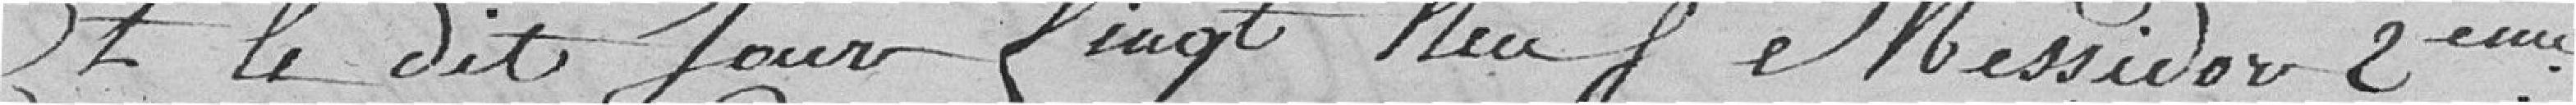
Et le dit jour vingt neuf messidor deuxième